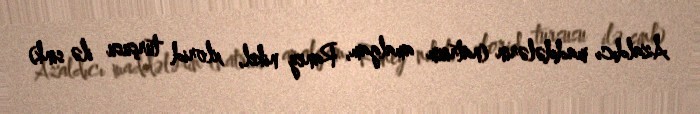
Azaldıcı maddələrin (natrium amalgam, Raney nikel, xlorid turşusu ilə sink)